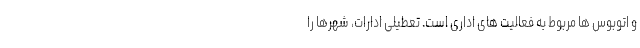
و اتوبوس ها مربوط به فعالیت های اداری است. تعطیلی ادارات، شهرها را